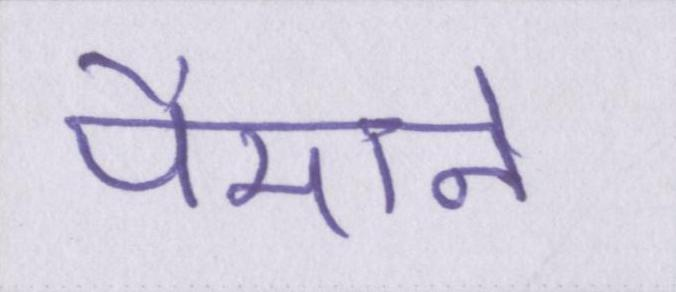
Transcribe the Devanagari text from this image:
पैमाने